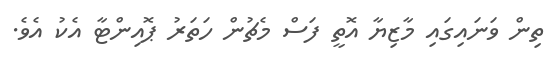
ތިން ވަނައިގައި މާޒިޔާ އޮތީ ފަސް މެޗުން ހަތަރު ޕޮއިންޓާ އެކު އެވެ.